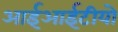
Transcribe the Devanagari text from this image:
आईआईटीयो